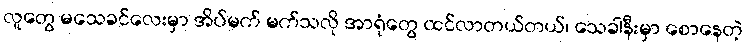
လူတွေ မသေခင်လေးမှာ အိပ်မက် မက်သလို အာရုံတွေ ထင်လာတယ်တယ်၊ သေခါနီးမှာ စောနေတဲ့